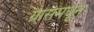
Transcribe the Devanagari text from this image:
ग्रीसमधून